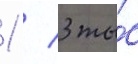
1 / 3 ты́с